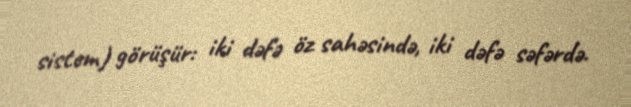
sistem) görüşür: iki dəfə öz sahəsində, iki dəfə səfərdə.